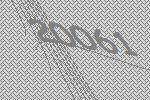
20061